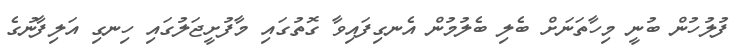
ފުލުހުން ބުނީ މިހާތަނަށް ބެލި ބެލުމުން އެނގިފައިވާ ގޮތުގައި މާފުށީޖަލުގައި ހިނގި އަލިފާނުގެ